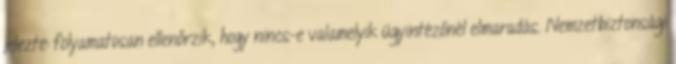
jelezte: folyamatosan ellenőrzik, hogy nincs-e valamelyik ügyintézőnél elmaradás. Nemzetbiztonsági